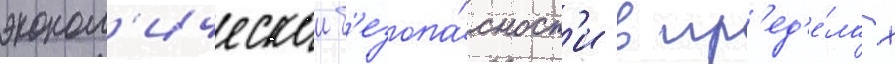
эконом'ическои б'езопа́сност'и в пр'ед'е́лах